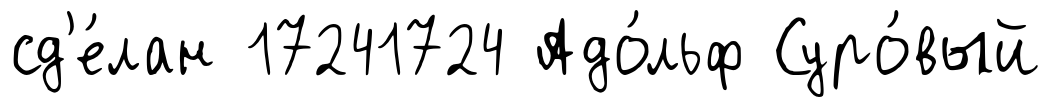
сд'е́лан 17241724 Адо́льф Суро́вый